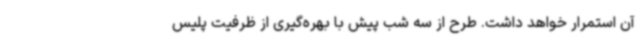
آن استمرار خواهد داشت. طرح از سه شب پیش با بهره‌گیری از ظرفیت پلیس